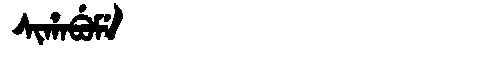
Manchu: ᠰᡳᡥᠠᠪᡠᠮᡝ
Romanization: SIHABUME